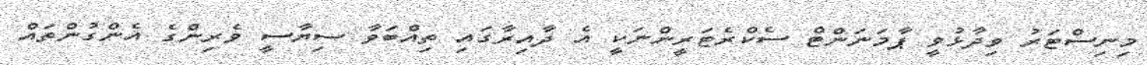
މިނިސްޓަރު ވިދާޅުވީ ޕާމަނަންޓް ސެކްރެޓަރީންނަކީ އެ ދާއިރާގައި ތިއްބަވާ ސިޔާސީ ވެރިންގެ އެންގުންތައް